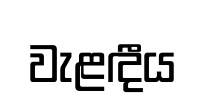
වැළඳීය